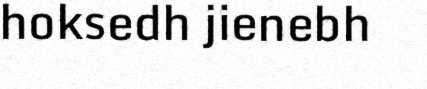
hoksedh jienebh